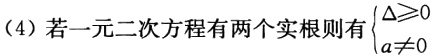
（4）若一元二次方程有两个实根则$\begin{cases}\Delta\geq0\\a\neq0\end{cases}$